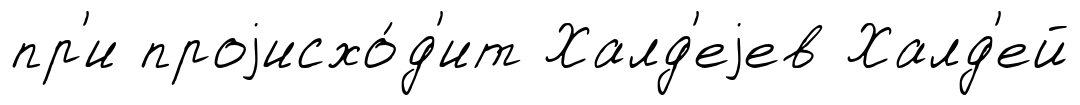
пр'и проjисхо́д'ит Халд'еjев Халд'ей